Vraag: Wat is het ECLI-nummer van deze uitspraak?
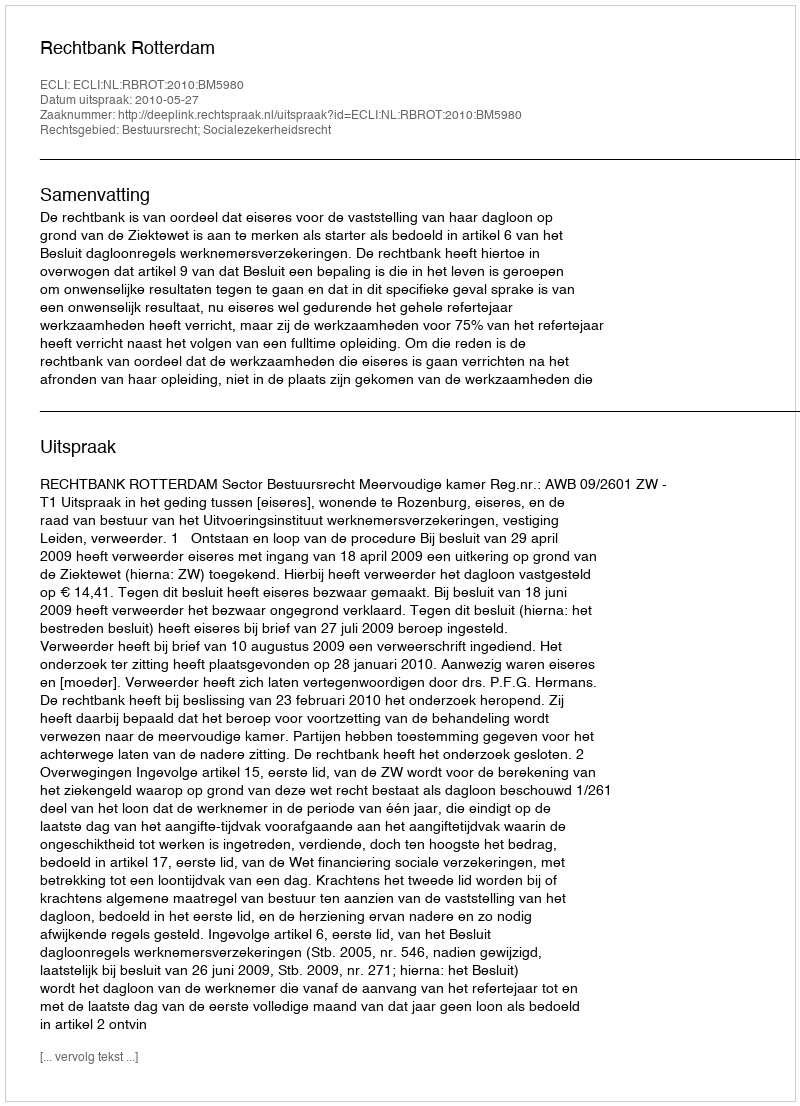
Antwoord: ECLI:NL:RBROT:2010:BM5980